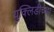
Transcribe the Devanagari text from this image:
युक्लिडीच्या